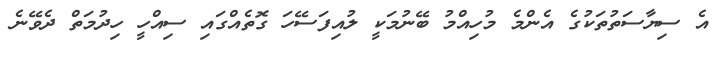
އެ ސިޔާސަތުތަކުގެ އެންމެ މުހިއްމު ބޭނުމަކީ ލުއިފަސޭހަ ގޮތެއްގައި ސިއްހީ ހިދުމަތް ދެވޭނެ